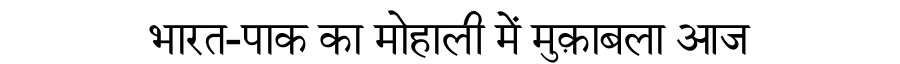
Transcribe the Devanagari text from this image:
भारत-पाक का मोहाली में मुक़ाबला आज